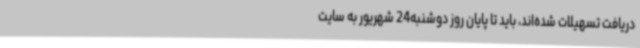
دریافت تسهیلات شده‌اند، باید تا پایان روز دوشنبه24 شهریور به سایت